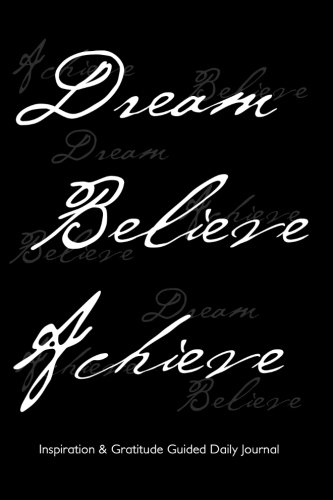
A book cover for Inspiration & Gratitude Guided Daily Journal: 6"x9" notebook with black cover 202 Pages undated daily prompts Two Page Spread per Day - Ideal journal ... images, drawings, doodles and free writing.; Spicy Journals; Self-Help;